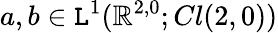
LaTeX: a,b\in\mathtt{L}^{1}(\mathbb{R}^{2,0};Cl(2,0))